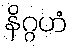
နိဂ္ဂဟံ